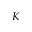
K